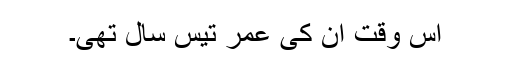
اس وقت ان کی عمر تیس سال تھی۔